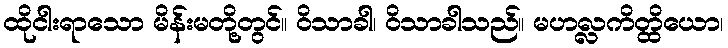
ထိုငါးရာသော မိန်းမတို့တွင်။ ဝိသာခါ၊ ဝိသာခါသည်။ မဟလ္လကိတ္ထိယော၊